DOW-UAP-D49, Launch Summary, Vandenberg AFB, 2000
Agency: Department of War
Incident date: 2/3/00
Page 31
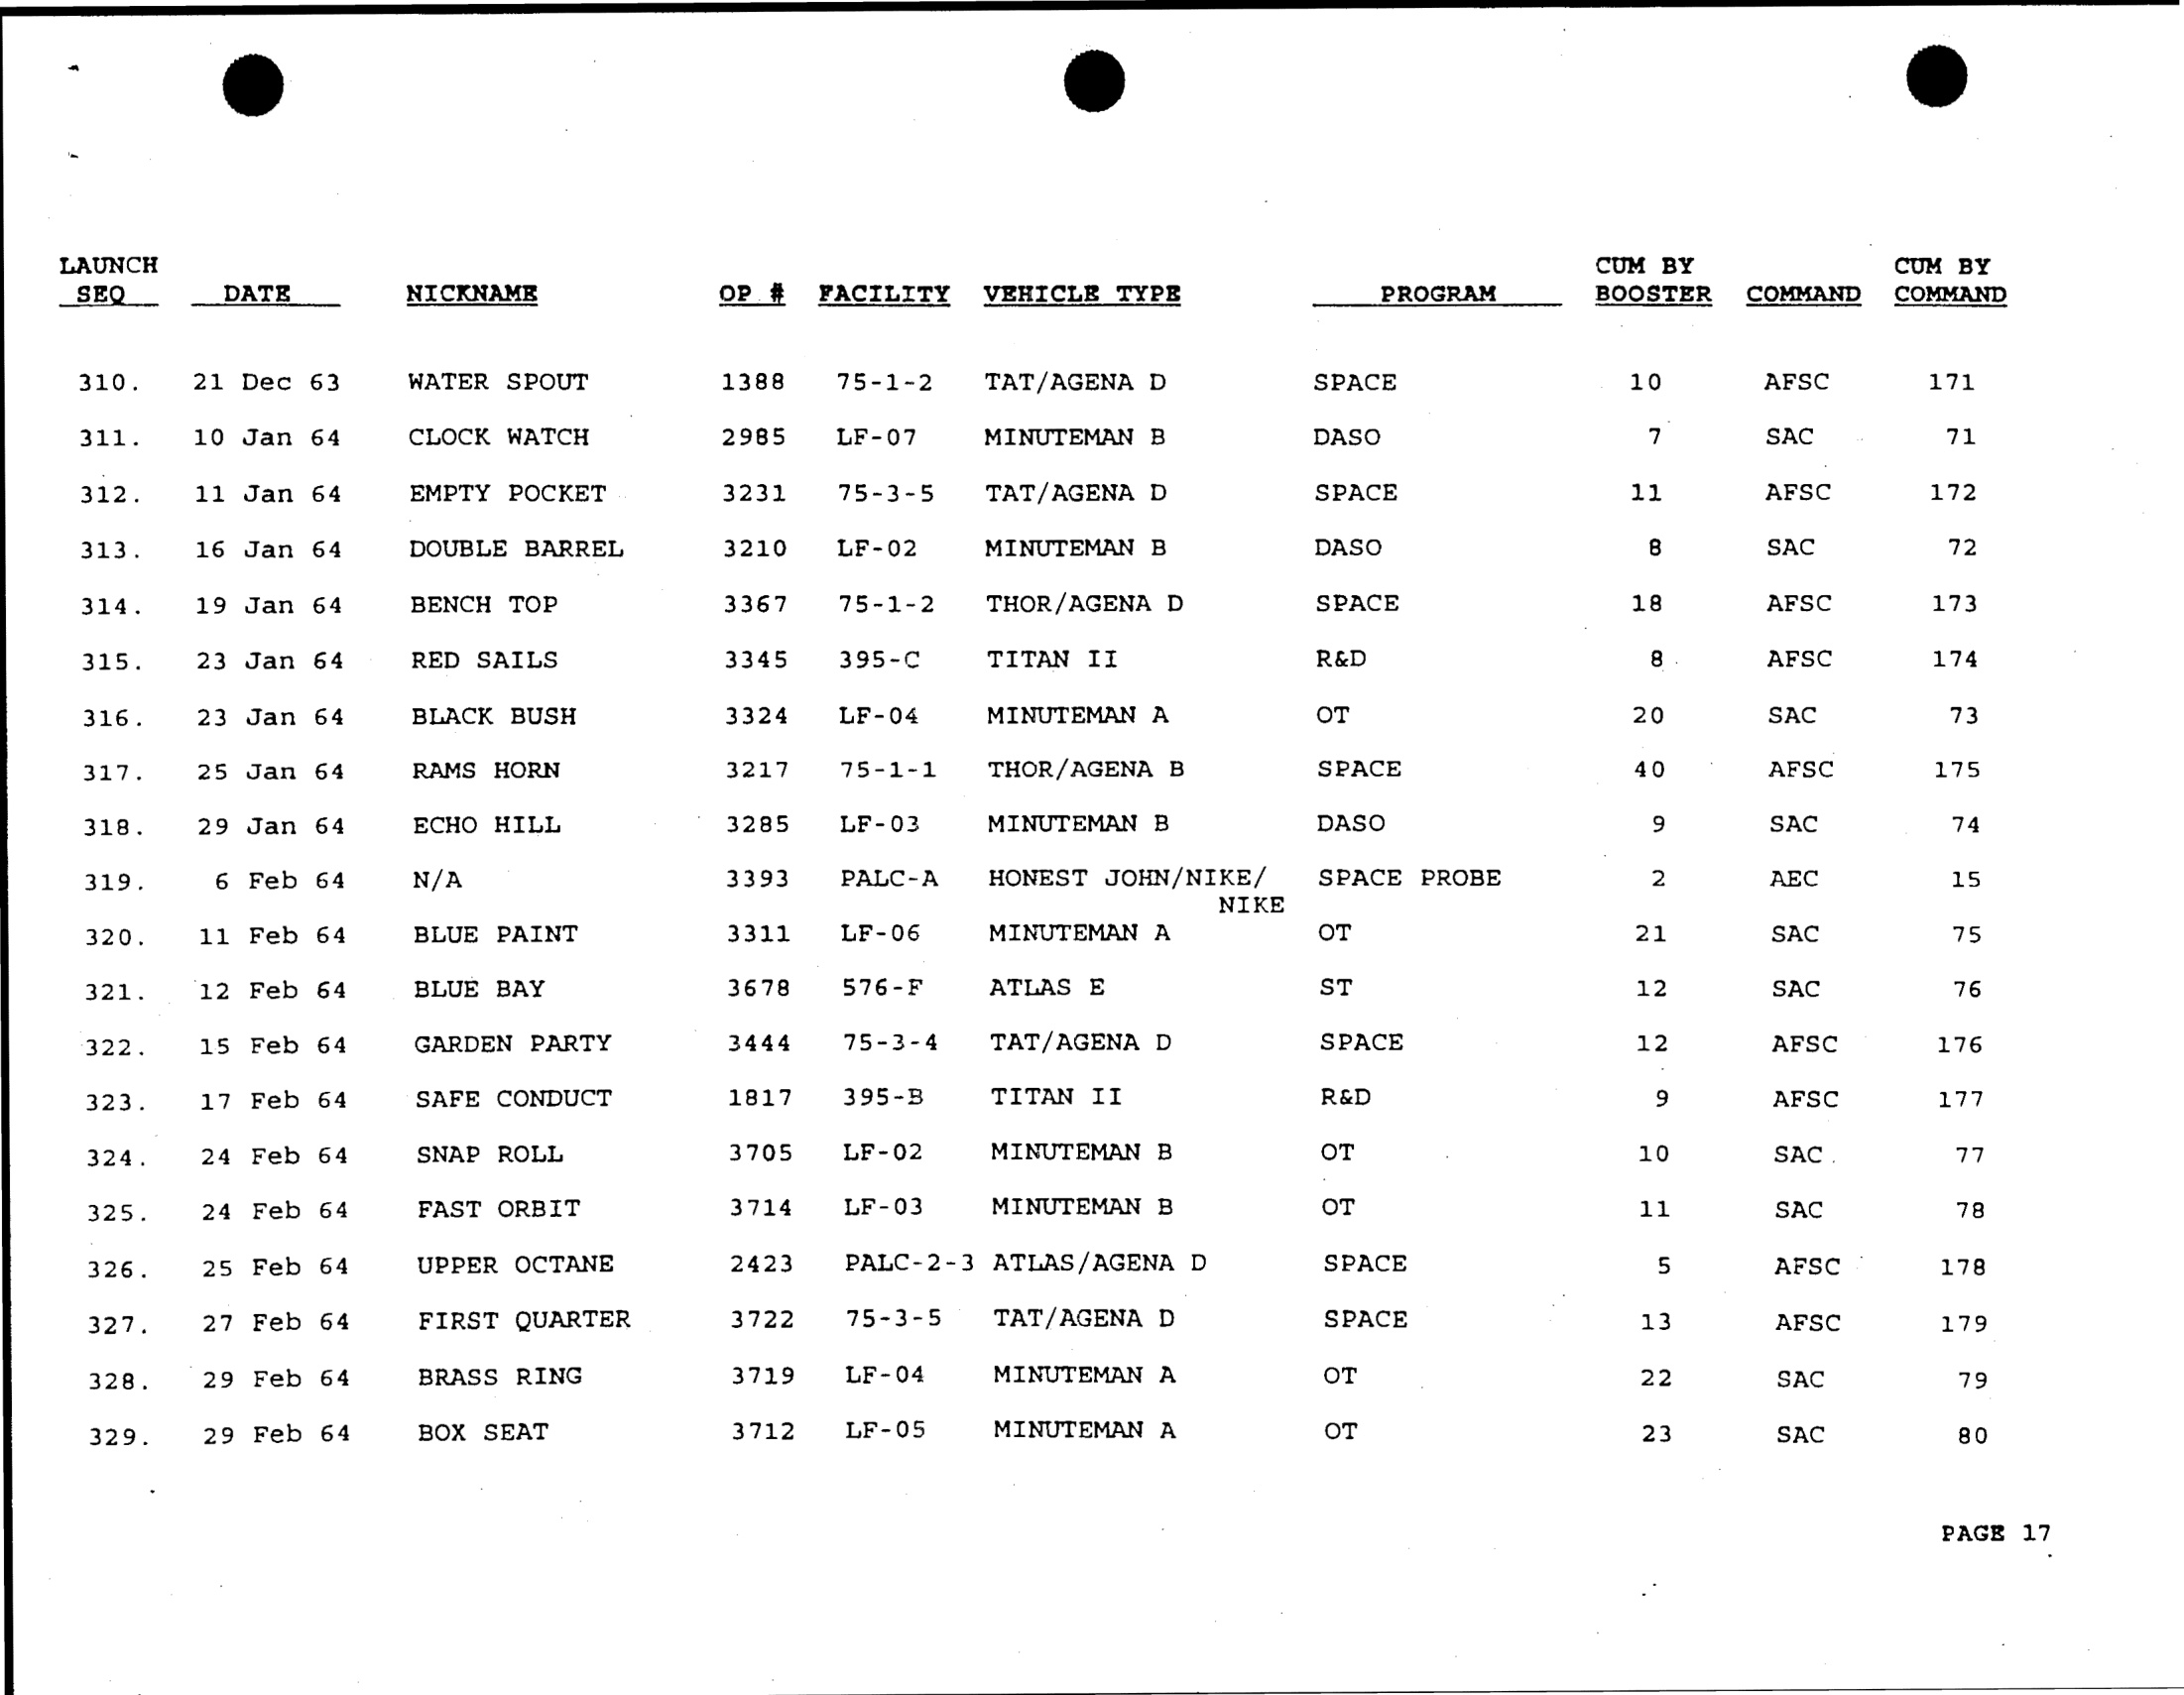